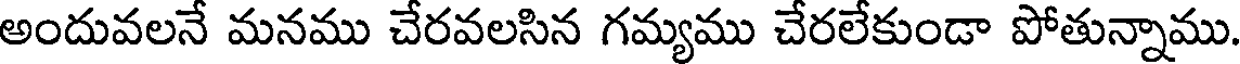
అందువలనే మనము చేరవలసిన గమ్యము చేరలేకుండా పోతున్నాము